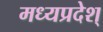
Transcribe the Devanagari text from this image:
मध्यप्रदेश्